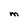
Character: M